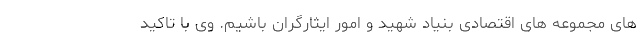
های مجموعه های اقتصادی بنیاد شهید و امور ایثارگران باشیم. وی با تاکید